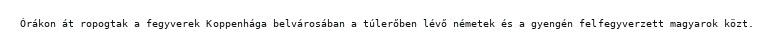
Órákon át ropogtak a fegyverek Koppenhága belvárosában a túlerőben lévő németek és a gyengén felfegyverzett magyarok közt.